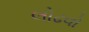
લોઢવો